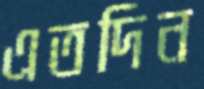
এতদিন